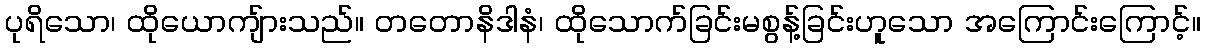
ပုရိသော၊ ထိုယောကျ်ားသည်။ တတောနိဒါနံ၊ ထိုသောက်ခြင်းမစွန့်ခြင်းဟူသော အကြောင်းကြောင့်။